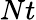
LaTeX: Nt